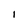
Character: I